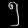
Digit: ၅